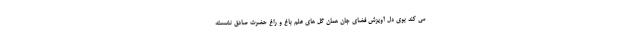
مى کند بوى دل آویزش فضاى جان همان گل هاى علم باغ و راغ حضرت صادق نشسته